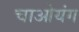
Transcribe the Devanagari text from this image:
चाओयंग